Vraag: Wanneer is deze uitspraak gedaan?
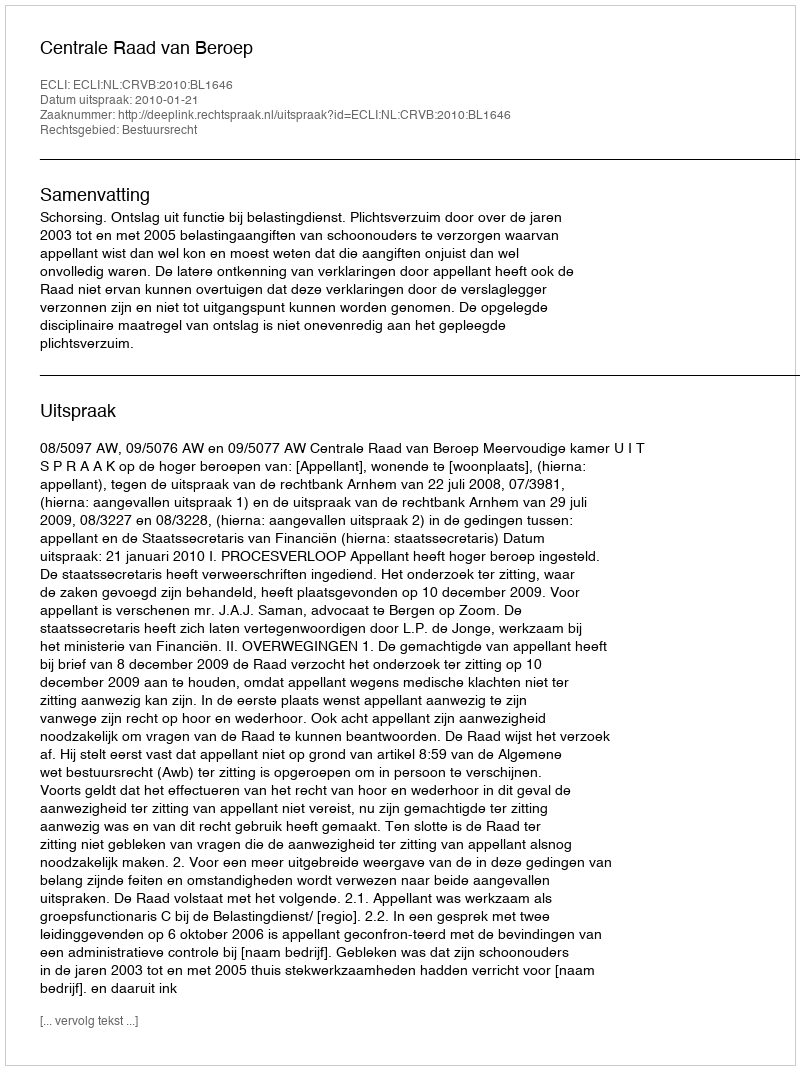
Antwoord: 2010-01-21